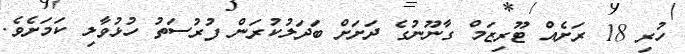
ހުރި 18 ރަށެއް ޓޫރިޒަމް ގާނޫނުގެ ދަށަށް ބަދަލުކުރަން ފުރުސަތު ހުޅުވާލި ކަމަށެވެ.